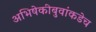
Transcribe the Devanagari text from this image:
अभिषेकीबुवांकडेच